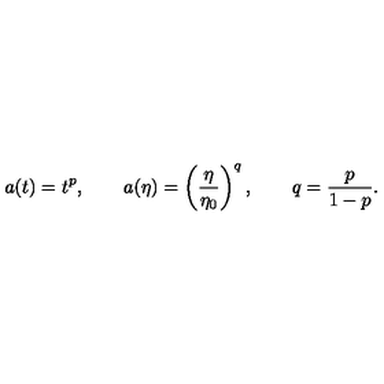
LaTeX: a ( t ) = t ^ { p } , \qquad a ( \eta ) = \left( \frac { \eta } { \eta _ { 0 } } \right) ^ { q } , \qquad q = \frac { p } { 1 - p } .